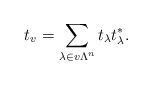
LaTeX: \begin{align*}t_v=\sum_{\lambda\in v\Lambda^n} t_\lambda t^*_\lambda.\end{align*}